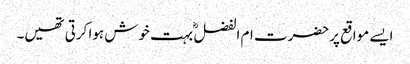
ایسے مواقع پرحضرت ام الفضل ؓ بہت خوش ہوا کرتی تھیں۔